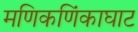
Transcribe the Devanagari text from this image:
मणिकणिंकाघाट